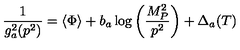
\frac { 1 } { g _ { a } ^ { 2 } ( p ^ { 2 } ) } = \langle \Phi \rangle + b _ { a } \log { \left( \frac { M _ { P } ^ { 2 } } { p ^ { 2 } } \right) } + \Delta _ { a } ( T )